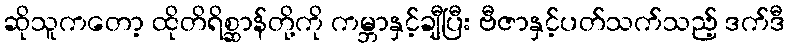
ဆိုသူကတော့ ထိုတိရိစ္ဆာန်တို့ကို ကမ္ဘာနှင့်ချီပြီး ဗီဇာနှင့်ပတ်သက်သည့် ဒက်ဒီ